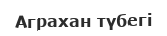
Аграхан түбегі